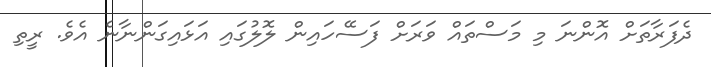
ދެފަރާތަށް އޮންނަ މި މަސްތައް ވަރަށް ފަސޭހައިން ލޮލުގައި އަޅައިގަންނާނެ އެވެ. ރީތި